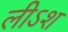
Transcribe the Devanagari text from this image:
लीऽश